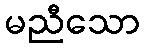
မညီသော